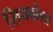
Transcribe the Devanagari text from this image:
सियबोंगा